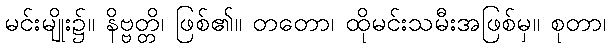
မင်းမျိုး၌။ နိဗ္ဗတ္တိ၊ ဖြစ်၏။ တတော၊ ထိုမင်းသမီးအဖြစ်မှ။ စုတာ၊